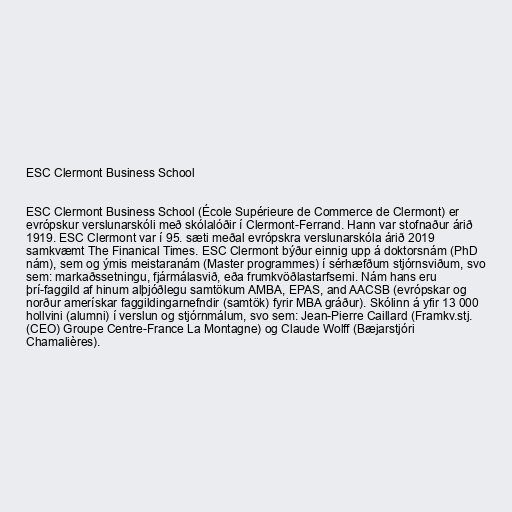
ESC Clermont Business School

ESC Clermont Business School (École Supérieure de Commerce de Clermont) er
evrópskur verslunarskóli með skólalóðir í Clermont-Ferrand. Hann var stofnaður árið
1919. ESC Clermont var í 95. sæti meðal evrópskra verslunarskóla árið 2019
samkvæmt The Finanical Times. ESC Clermont býður einnig upp á doktorsnám (PhD
nám), sem og ýmis meistaranám (Master programmes) í sérhæfðum stjórnsviðum, svo
sem: markaðssetningu, fjármálasvið, eða frumkvöðlastarfsemi. Nám hans eru
þrí-faggild af hinum alþjóðlegu samtökum AMBA, EPAS, and AACSB (evrópskar og
norður amerískar faggildingarnefndir (samtök) fyrir MBA gráður). Skólinn á yfir 13 000
hollvini (alumni) í verslun og stjórnmálum, svo sem: Jean-Pierre Caillard (Framkv.stj.
(CEO) Groupe Centre-France La Montagne) og Claude Wolff (Bæjarstjóri
Chamalières).